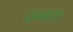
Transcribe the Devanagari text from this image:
धम्मरथ